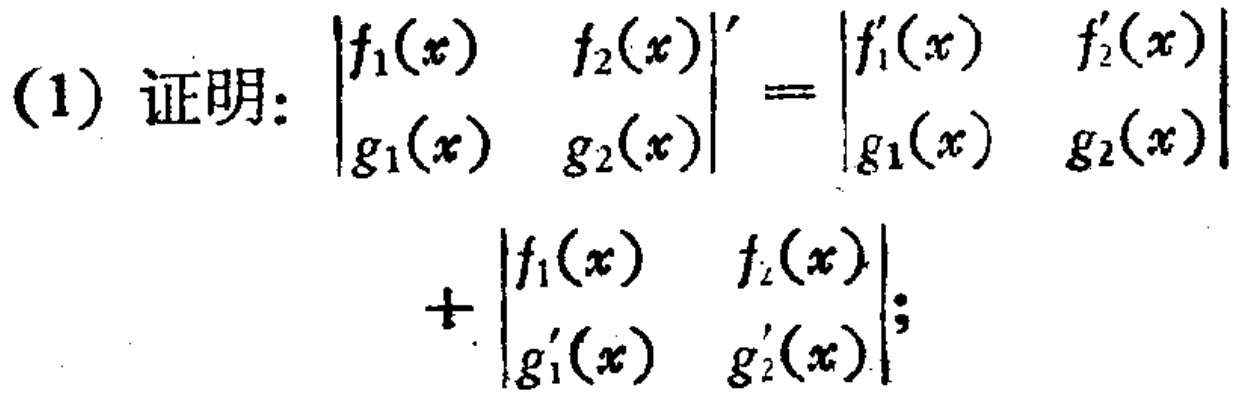
(1) 证明：$\begin{vmatrix}
f_{1}(x) & f_{2}(x) \\
g_{1}(x) & g_{2}(x)
\end{vmatrix}' =
\begin{vmatrix}
f_{1}'(x) & f_{2}'(x) \\
g_{1}(x) & g_{2}(x)
\end{vmatrix}
+
\begin{vmatrix}
f_{1}(x) & f_{2}(x) \\
g_{1}'(x) & g_{2}'(x)
\end{vmatrix}$